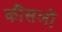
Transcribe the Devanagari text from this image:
कौंसलों